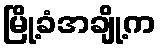
မြို့ခံအချို့က